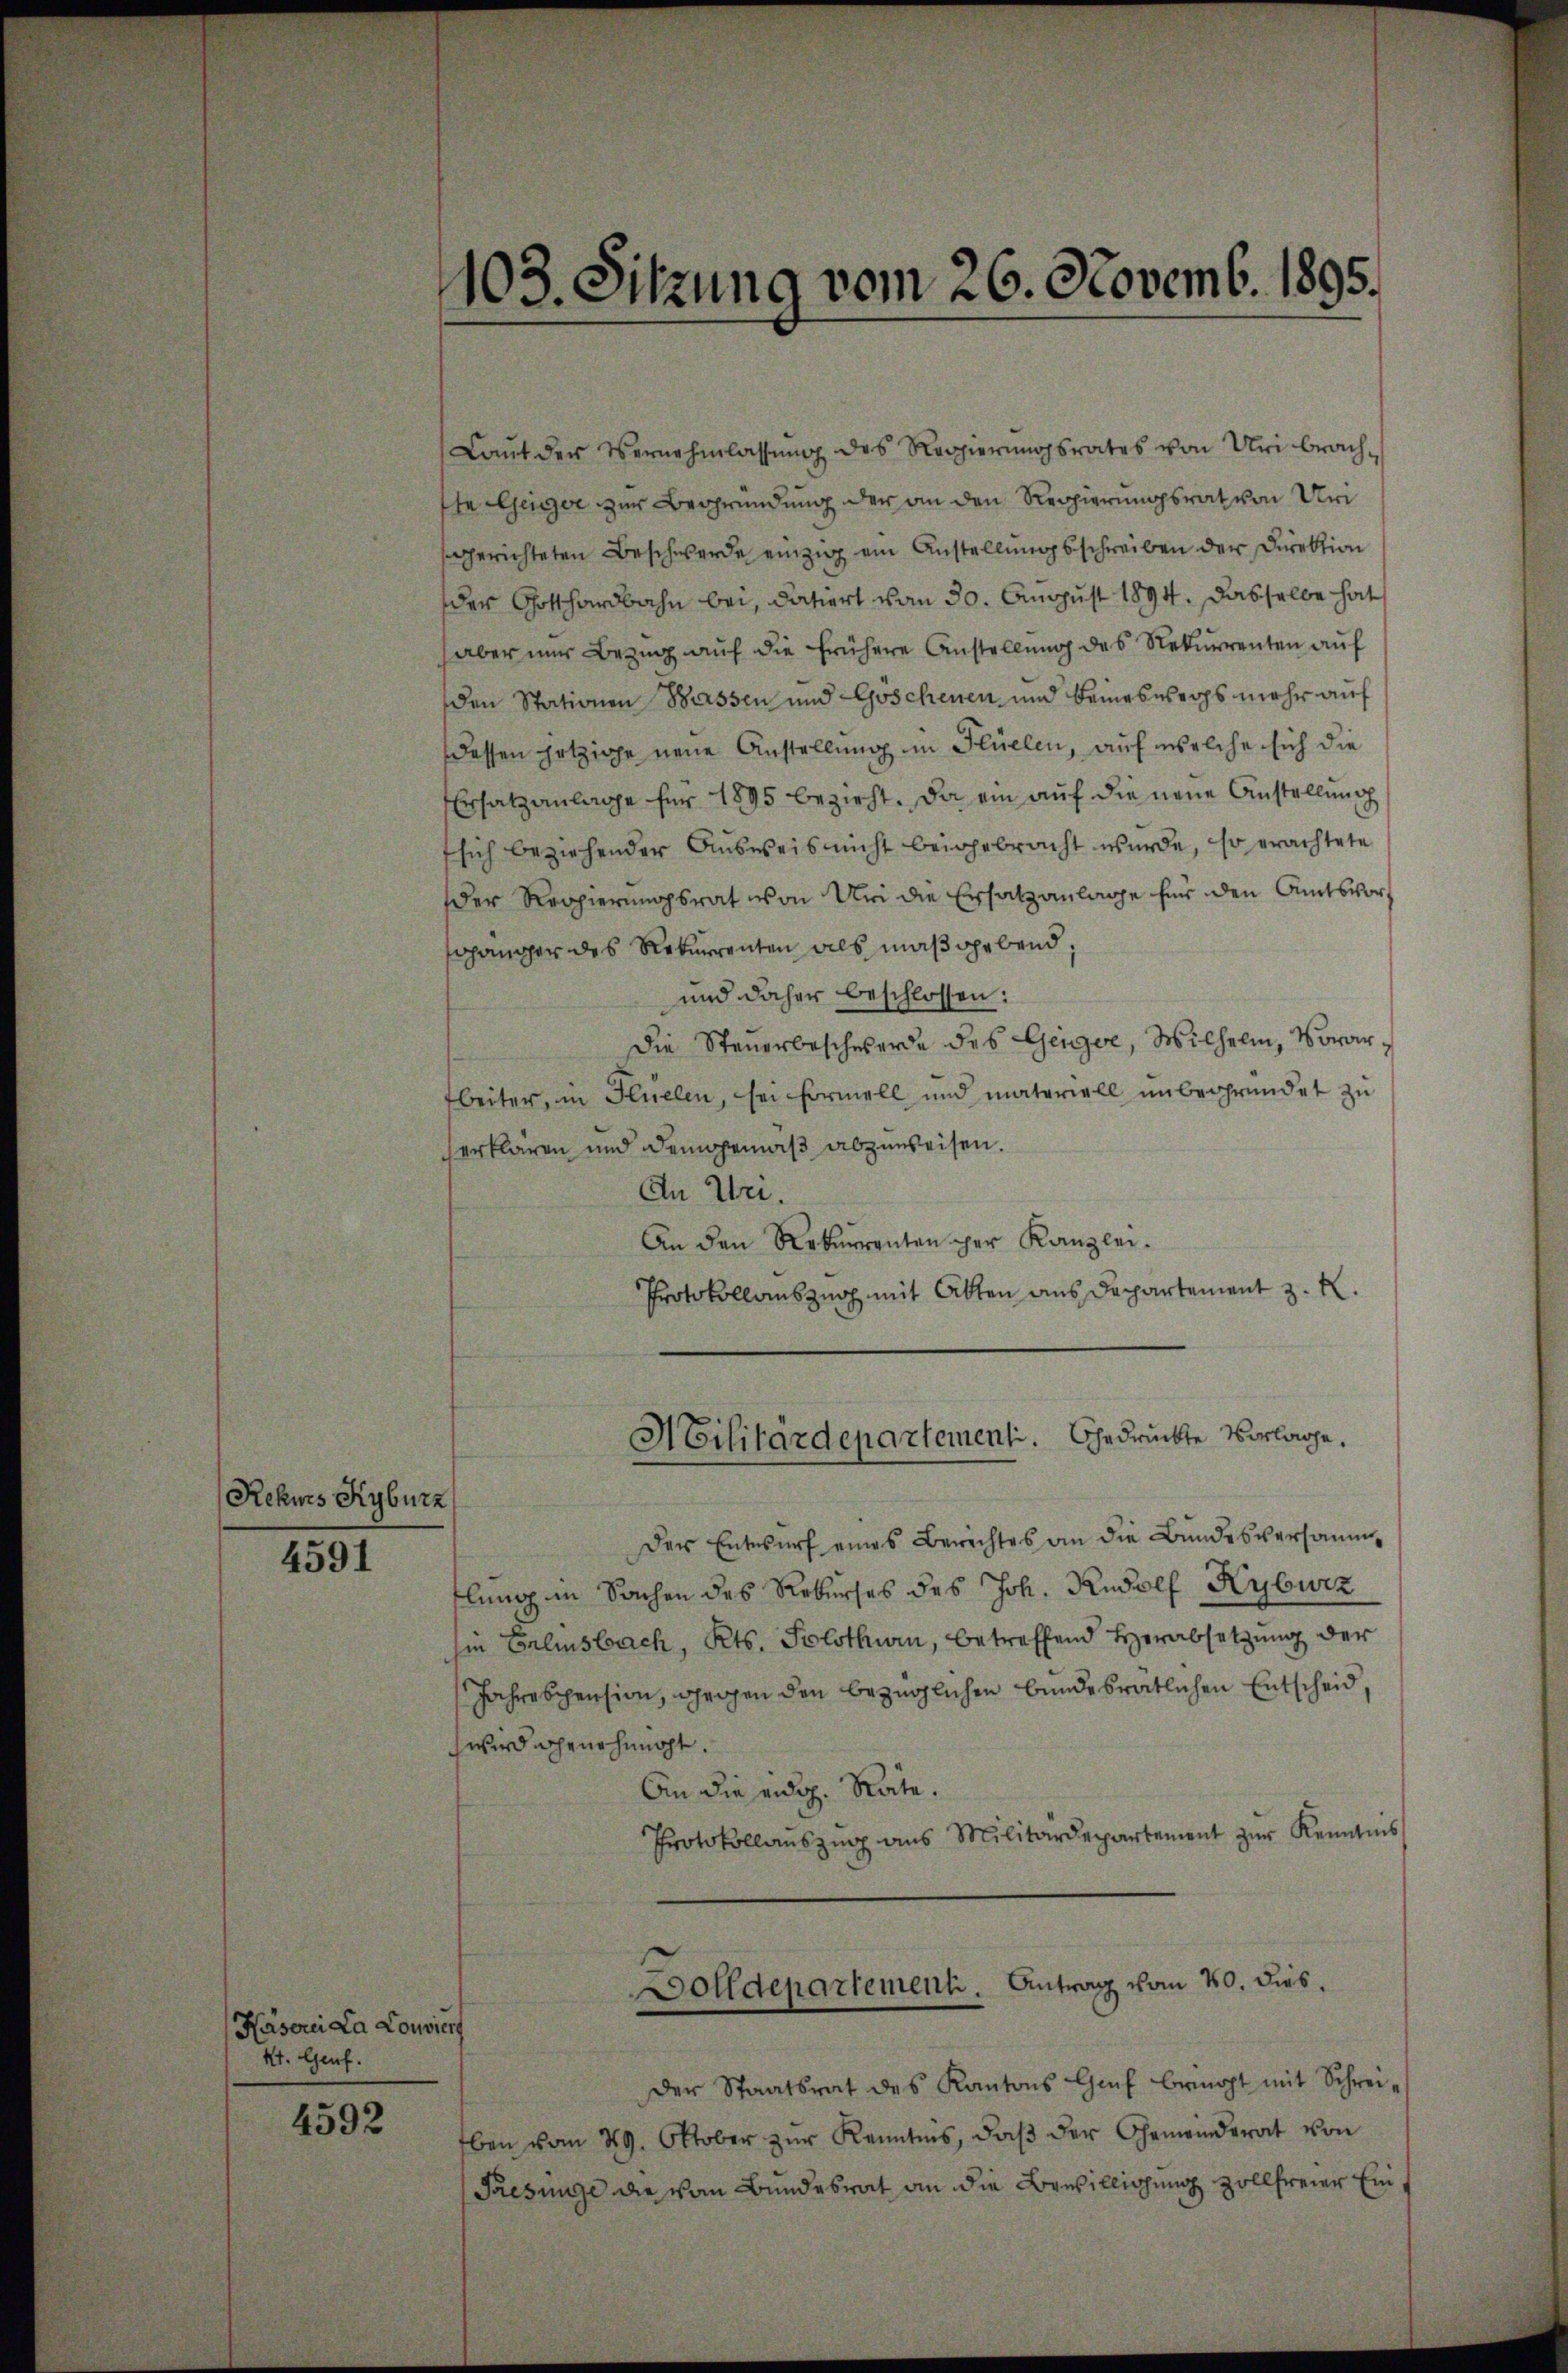
Rekwes Kyburz

4591

Käserei La Louvier
kt. Genf.

4592

103. Sitzung vom 26. Novemb. 1895.

Laŭt der Vernehmlassŭng des Regierŭngsrates von Uri brach-
ste Geiger zur Begründung der an den Regierungsrat von Uri
sgerichteten Beschwerde einzig ein Anstellungsschreiben der Direktion
der Gotthardbahn bei, datiert vom 30. August 1894. Dasselbe hat
aber nur Bezug auf die frühere Anstellung des Rekurrenten auf
den Stationen Wassen und Goschenen und Beinesworps mehr auf
dessen jetzige neue Anstellung im Flüelen, auf welche sich die
Ersatzanlage für 1895 bezirkt. Da ein auf die neue Anstellung
 sich beziehender Ausweis nicht beigebracht wurde, so erachtete
der Regierungsrat von Uri die Ersatzanlage für den Amtsvorsgänger des Rekurrenten als maßgebend,
und daher beschlossen:
Die Steuerbeschwerde des Geiger, Wilhelm, Vorarbeiter, in Flüelen, sei Formell und materiell unbegründet zu
erklären und demgemäß abzuweisen.
An Uri.
An den Rekurrenten per Kanzlei.
Protokollauszug mit Akten aus Departement z. R.
Militärdepartementi. Gedrückte Vorlage.
Der Entwurf eines Berichtes an die Bundesversamme
flung in Sachen des Rekurses des Joh. Rudolf Kyburz
hie Erlensbach, Kts. Solothurn, betreffend Herabsetzung der
Jahrespension, gegen den bezüglichen bundesrätlichen Entscheid,
wird genehmigt.
An die eidg. Rate.
Protokollaŭszŭg ans Militärdepartement zŭr Kenntnis
Dolldepartement. Antrag vom 20. dies.
der Staatsrat des Kantons Gif bringt mit Schreiben vom 29. Oktober zŭr Kenntnis, daβ der Gemeinderat von
Presinge die vom Bundesrat an die Bewilligung zollfreier Ein¬